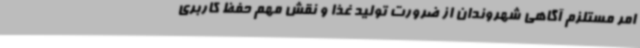
امر مستلزم آگاهی شهروندان از ضرورت تولید غذا و نقش مهم حفظ کاربری